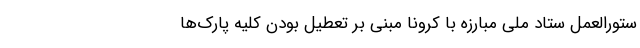
ستورالعمل ستاد ملی مبارزه با کرونا مبنی بر تعطیل بودن کلیه پارک‌ها